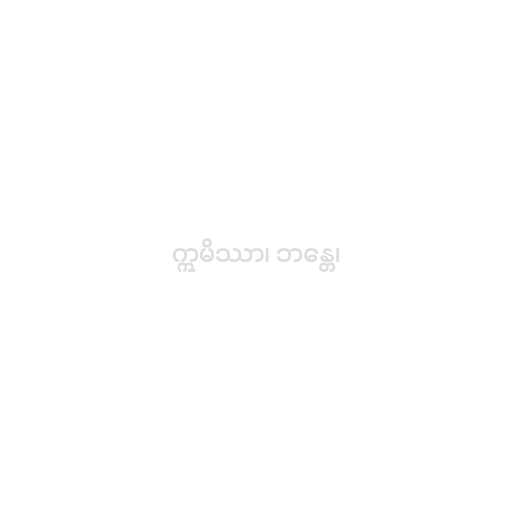
ဣမိဿာ၊ ဘန္တေ၊